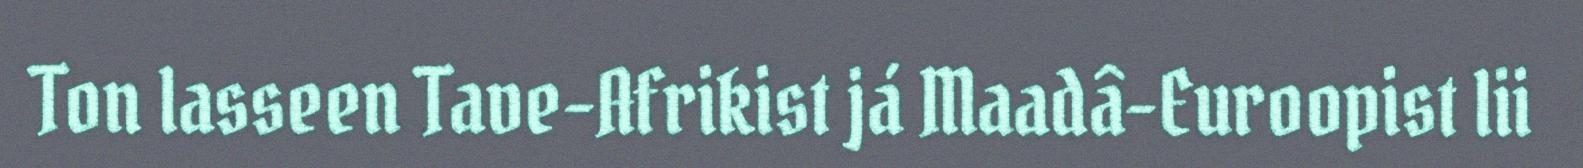
Ton lasseen Tave-Afrikist já Maadâ-Euroopist lii